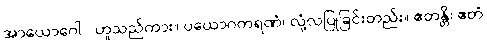
အာယောဂေါ - ဟူသည်ကား။ ပယောဂကရဏံ၊ လုံ့လပြုခြင်းတည်း။ ဧတန္တိ၊ ဧတံ